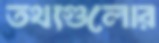
তথ্যগুলোর